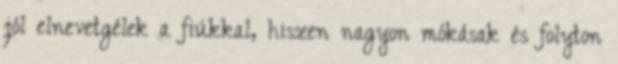
jól elnevetgélek a fiúkkal, hiszen nagyon mókásak és folyton